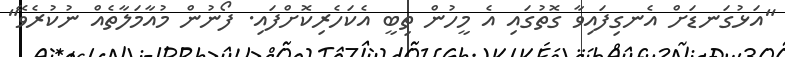
"އަޅުގަނޑަށް އެނގިފައިވާ ގޮތުގައި އެ މީހުން ތިބީ އެކަހެރިކޮށްފައި. ފޯނުން މުއާމަލާތެއް ނުކުރެވޭ"